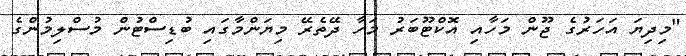
"މިދިޔަ އަހަރުގެ ޖޫން މަހާއި އޮކްޓޫބަރު މަހާ ދޭތެރޭ މިޔަންމާގައި ބުޑިސްޓުން މުސްލިމުންގެ